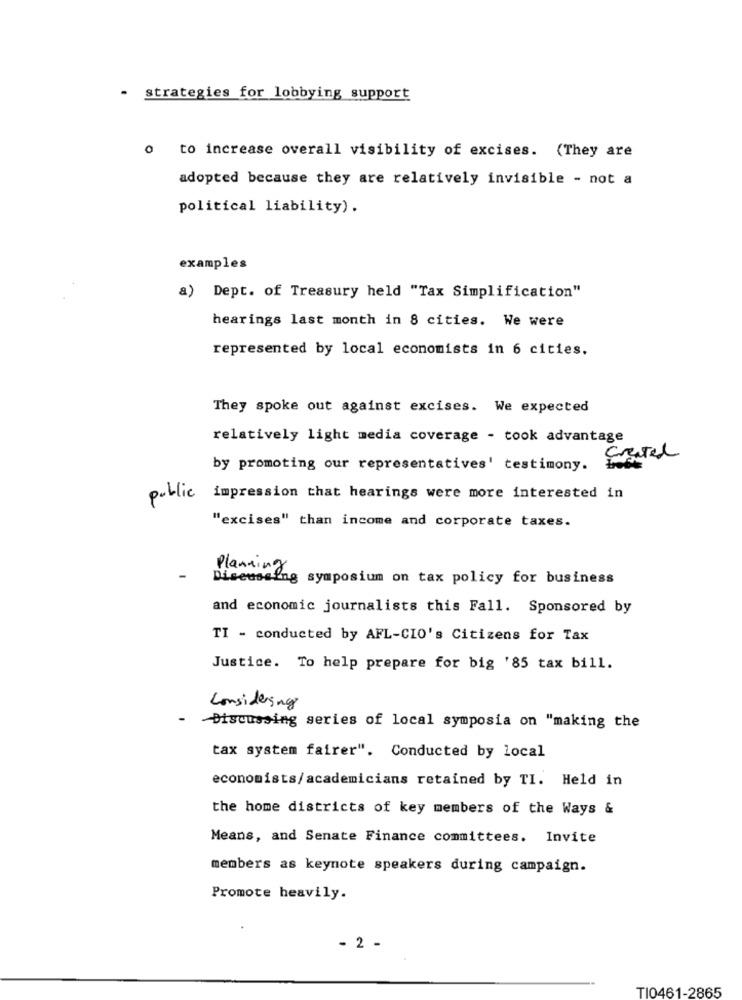
- strategies for lobbying support
o to increase overall visibility of excises. (They are
adopted because they are relatively invisible - not a
political liability).
examples
a) Dept. of Treasury held "Tax Simplification"
hearings last month in 8 cities. We were
represented by local economists in 6 cities.
They spoke out against excises. We expected
relatively light media coverage - took advantage
Gratel
by promoting our representatives' testimony.
public impression that hearings were more interested in
"excises" than income and corporate taxes.
Planning symposium on tax policy for business
and economic journalists this Fall. Sponsored by
TI - conducted by AFL-CIO's Citizens for Tax
Justice. To help prepare for big '85 tax bill.
Considering
Discussing series of local symposia on "making the
tax system fairer". Conducted by local
economists/academicians retained by TI. Held in
the home districts of key members of the Ways &
Means, and Senate Finance committees. Invite
members as keynote speakers during campaign.
Promote heavily.
- 2 -
TI0461-2865